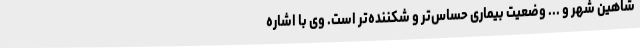
شاهین شهر و ... وضعیت بیماری حساس‌تر و شکننده‌تر است. وی با اشاره